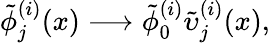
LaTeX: \tilde{\phi}_{j}^{(i)}(x)\longrightarrow\tilde{\phi}_{0}^{(i)}\tilde{\upsilon}_{j}^{(i)}(x),